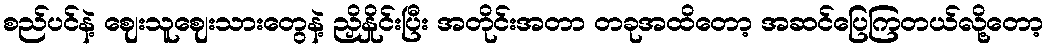
စည်ပင်နဲ့ ဈေးသူဈေးသားတွေနဲ့ ညှိနှိုင်းပြီး အတိုင်းအတာ တခုအထိတော့ အဆင်ပြေကြတယ်လို့တော့